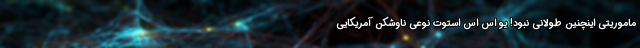
ماموریتی اینچنین طولانی نبود! یو اس اس استوت نوعی ناوشکن آمریکایی